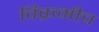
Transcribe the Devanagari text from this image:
विक्रमीच